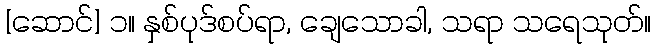
[ဆောင်] ၁။ နှစ်ပုဒ်စပ်ရာ, ချေသောခါ, သရာ သရေသုတ်။